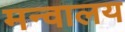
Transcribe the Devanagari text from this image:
मन्वालय